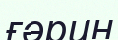
ғәрин